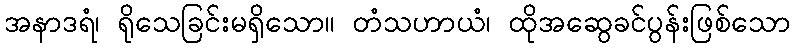
အနာဒရံ၊ ရိုသေခြင်းမရှိသော။ တံသဟာယံ၊ ထိုအဆွေခင်ပွန်းဖြစ်သော